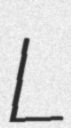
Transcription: L